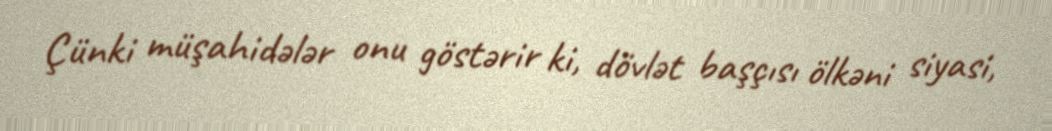
Çünki müşahidələr onu göstərir ki, dövlət başçısı ölkəni siyasi,